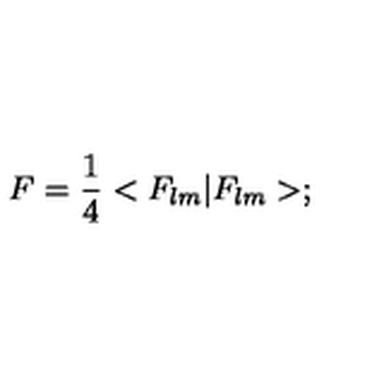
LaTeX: F = \frac { 1 } { 4 } < F _ { l m } | F _ { l m } > ;